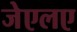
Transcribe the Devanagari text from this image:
जेएलए